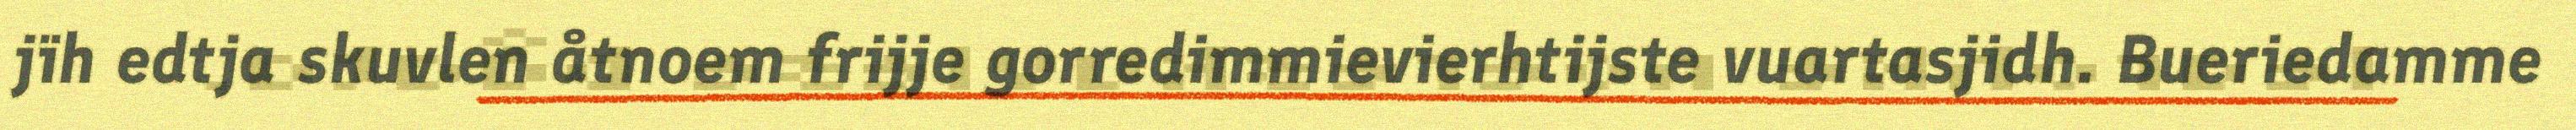
jïh edtja skuvlen åtnoem frijje gorredimmievierhtijste vuartasjidh. Bueriedamme